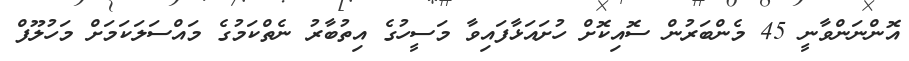
އޮންނަންވާނީ 45 މެންބަރުން ސޮއިކޮށް ހުށައަޅާފައިވާ މަސީހުގެ އިތުުބާރު ނެތްކަމުގެ މައްސަލަކަމަށް މަހުލޫފް